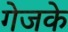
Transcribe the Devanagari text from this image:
गेजके